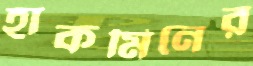
হাকমিনের